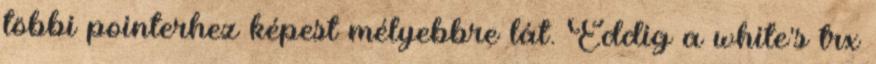
többi pointerhez képest mélyebbre lát. Eddig a white's trx